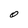
Character: 0